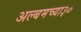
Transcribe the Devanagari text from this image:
अल्बमच्या३०